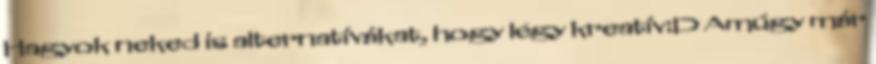
Hagyok neked is alternatívákat, hogy légy kreatív:D Amúgy már